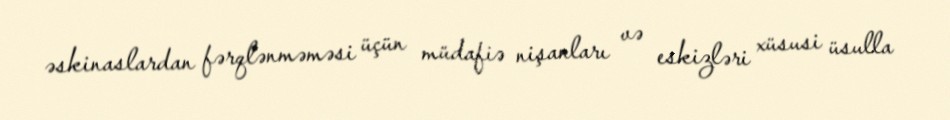
əskinaslardan fərqlənməməsi üçün müdafiə nişanları və eskizləri xüsusi üsulla